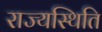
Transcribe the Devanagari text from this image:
राज्यस्थिति